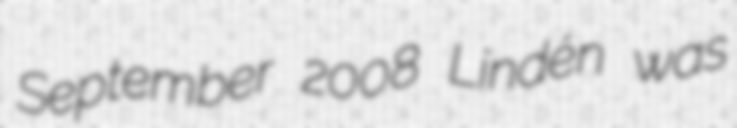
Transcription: September 2008 Lindén was